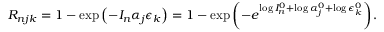
R _ { n j k } = 1 - \exp \left( - I _ { n } \alpha _ { j } \epsilon _ { k } \right) = 1 - \exp \left( - e ^ { \log { I _ { n } ^ { 0 } } + \log { \alpha _ { j } ^ { 0 } } + \log { \epsilon _ { k } ^ { 0 } } } \right) .